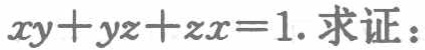
$xy + yz + zx = 1. 求证:$